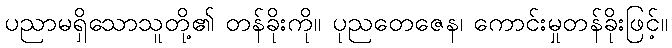
ပညာမရှိသောသူတို့၏ တန်ခိုးကို။ ပုညတေဇေန၊ ကောင်းမှုတန်ခိုးဖြင့်။